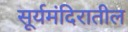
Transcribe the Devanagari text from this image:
सूर्यमंदिरातील